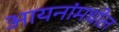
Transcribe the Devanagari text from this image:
आयनांमधील